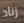
زناد